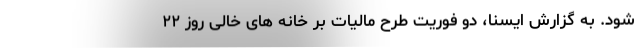
شود. به گزارش ایسنا، دو فوریت طرح مالیات بر خانه های خالی روز ۲۲